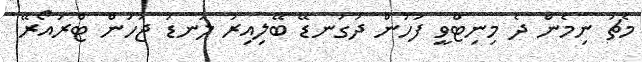
މެޗު ނިމެން ދެ މިނިޓްވީ ފަހުން ދަގަނޑޭ ބޭލިއިރު ލަނޑު ޖަހަން ޓްރައޯރޭ